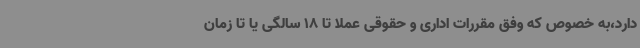
دارد،به خصوص که وفق مقررات اداری و حقوقی عملا تا 18 سالگی یا تا زمان